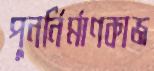
পুনর্নির্মাণকাজ